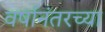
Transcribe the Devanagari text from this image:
वर्षानंतरच्या